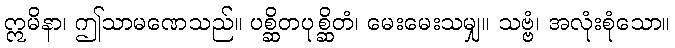
ဣမိနာ၊ ဤသာမဏေသည်။ ပစ္ဆိတပုစ္ဆိတံ၊ မေးမေးသမျှ။ သဗ္ဗံ၊ အလုံးစုံသော။